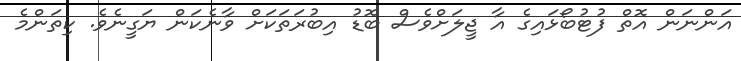
އަންނަން އޮތް ފުޓުބޯޅައިގެ އާ ޖީލަށްވެސް ބޮޑު އިބުރަތަކަށް ވާނެކަން ޔަގީނެވެ. ކިތަންމެ